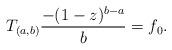
LaTeX: \begin{align*}T_{(a,b)} \frac{-(1-z)^{b-a}}{b} = f_0.\end{align*}